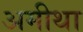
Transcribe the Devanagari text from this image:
अमीथा